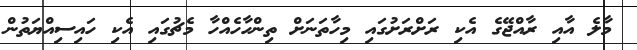
މާލެ އާއި ރާއްޖޭގެ އެކި ރަށްރަށުގައި މިހާތަނަށް ތިންހާހެއްހާ މެޗުގައި އެކި ހައިސިއްޔަތުން